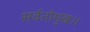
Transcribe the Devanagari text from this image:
सर्वतोमुखः।।